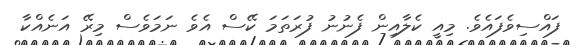
ފައްސިވެފައެވެ. މިއީ ކެލާއިން ފެނުނު ފުރަތަމަ ކޭސް އެވެ ނަމަވެސް މިރޭ އަނެއްކާ